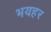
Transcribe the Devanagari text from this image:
भयहर